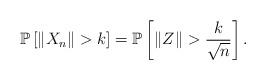
LaTeX: \begin{align*}\mathbb{P} \left[ \left\| X_{n} \right\| > k\right] = \mathbb{P} \left[ \left\| Z \right\| > \frac{k}{\sqrt{n}}\right].\end{align*}